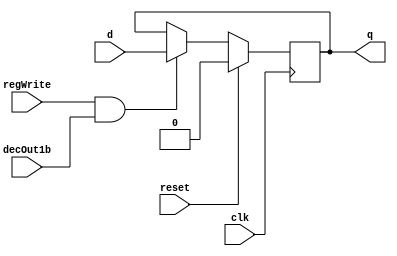
//DFF
module D_ff( input clk, input reset, input regWrite, input decOut1b , input d, output reg q);
    always @ (negedge clk)
    begin
    if(reset==1)
        q=0;
    else
        if(regWrite == 1 && decOut1b==1)
        begin
            q=d;
        end
    end
endmodule

module D_ff_IM(input clk, input reset, input d, output reg q);
	always@(reset or posedge clk)
	if(reset)
		q=d;
endmodule

module register_IM(input clk, input reset, input [7:0] d_in, output [7:0] q_out);
    // register_IM is an 8-bit register
	D_ff_IM dIM0 (clk, reset, d_in[0], q_out[0]);
	D_ff_IM dIM1 (clk, reset, d_in[1], q_out[1]);
	D_ff_IM dIM2 (clk, reset, d_in[2], q_out[2]);
	D_ff_IM dIM3 (clk, reset, d_in[3], q_out[3]);
	D_ff_IM dIM4 (clk, reset, d_in[4], q_out[4]);
	D_ff_IM dIM5 (clk, reset, d_in[5], q_out[5]);
	D_ff_IM dIM6 (clk, reset, d_in[6], q_out[6]);
	D_ff_IM dIM7 (clk, reset, d_in[7], q_out[7]);
endmodule


module mux128to1_IM(input [7:0] in0,   input [7:0] in1,   input [7:0] in2,   input [7:0] in3,
                    input [7:0] in4,   input [7:0] in5,   input [7:0] in6,   input [7:0] in7,
                    input [7:0] in8,   input [7:0] in9,   input [7:0] in10,  input [7:0] in11,
                    input [7:0] in12,  input [7:0] in13,  input [7:0] in14,  input [7:0] in15,
                    input [7:0] in16,  input [7:0] in17,  input [7:0] in18,  input [7:0] in19,
                    input [7:0] in20,  input [7:0] in21,  input [7:0] in22,  input [7:0] in23,
                    input [7:0] in24,  input [7:0] in25,  input [7:0] in26,  input [7:0] in27,
                    input [7:0] in28,  input [7:0] in29,  input [7:0] in30,  input [7:0] in31,
                    input [7:0] in32,  input [7:0] in33,  input [7:0] in34,  input [7:0] in35,
                    input [7:0] in36,  input [7:0] in37,  input [7:0] in38,  input [7:0] in39,
                    input [7:0] in40,  input [7:0] in41,  input [7:0] in42,  input [7:0] in43,
                    input [7:0] in44,  input [7:0] in45,  input [7:0] in46,  input [7:0] in47,
                    input [7:0] in48,  input [7:0] in49,  input [7:0] in50,  input [7:0] in51,
                    input [7:0] in52,  input [7:0] in53,  input [7:0] in54,  input [7:0] in55,
                    input [7:0] in56,  input [7:0] in57,  input [7:0] in58,  input [7:0] in59,
                    input [7:0] in60,  input [7:0] in61,  input [7:0] in62,  input [7:0] in63,
                    input [7:0] in64,  input [7:0] in65,  input [7:0] in66,  input [7:0] in67,
                    input [7:0] in68,  input [7:0] in69,  input [7:0] in70,  input [7:0] in71,
                    input [7:0] in72,  input [7:0] in73,  input [7:0] in74,  input [7:0] in75,
                    input [7:0] in76,  input [7:0] in77,  input [7:0] in78,  input [7:0] in79,
                    input [7:0] in80,  input [7:0] in81,  input [7:0] in82,  input [7:0] in83,
                    input [7:0] in84,  input [7:0] in85,  input [7:0] in86,  input [7:0] in87,
                    input [7:0] in88,  input [7:0] in89,  input [7:0] in90,  input [7:0] in91,
                    input [7:0] in92,  input [7:0] in93,  input [7:0] in94,  input [7:0] in95,
                    input [7:0] in96,  input [7:0] in97,  input [7:0] in98,  input [7:0] in99,
                    input [7:0] in100, input [7:0] in101, input [7:0] in102, input [7:0] in103,
                    input [7:0] in104, input [7:0] in105, input [7:0] in106, input [7:0] in107,
                    input [7:0] in108, input [7:0] in109, input [7:0] in110, input [7:0] in111,
                    input [7:0] in112, input [7:0] in113, input [7:0] in114, input [7:0] in115,
                    input [7:0] in116, input [7:0] in117, input [7:0] in118, input [7:0] in119,
                    input [7:0] in120, input [7:0] in121, input [7:0] in122, input [7:0] in123,
                    input [7:0] in124, input [7:0] in125, input [7:0] in126, input [7:0] in127,
                    input [4:0] select, output reg [31:0] muxOut);
    always@(in0,   in1,   in2,   in3,   in4,   in5,   in6,   in7, 
            in8,   in9,   in10,  in11,  in12,  in13,  in14,  in15,   
            in16,  in17,  in18,  in19,  in20,  in21,  in22,  in23, 
            in24,  in25,  in26,  in27,  in28,  in29,  in30,  in31, 
            in32,  in33,  in34,  in35,  in36,  in37,  in38,  in39, 
            in40,  in41,  in42,  in43,  in44,  in45,  in46,  in47, 
            in48,  in49,  in50,  in51,  in52,  in53,  in54,  in55, 
            in56,  in57,  in58,  in59,  in60,  in61,  in62,  in63, 
            in64,  in65,  in66,  in67,  in68,  in69,  in70,  in71, 
            in72,  in73,  in74,  in75,  in76,  in77,  in78,  in79, 
            in80,  in81,  in82,  in83,  in84,  in85,  in86,  in87, 
            in88,  in89,  in90,  in91,  in92,  in93,  in94,  in95, 
            in96,  in97,  in98,  in99,  in100, in101, in102, in103,
            in104, in105, in106, in107, in108, in109, in110, in111,
            in112, in113, in114, in115, in116, in117, in118, in119,
            in120, in121, in122, in123, in124, in125, in126, in127,
            select)
	begin
        case(select)
			5'd0: muxOut = {in0,in1,in2,in3};
			5'd1: muxOut = {in4,in5,in6,in7};
			5'd2: muxOut = {in8,in9,in10,in11};
			5'd3: muxOut = {in12,in13,in14,in15};
			5'd4: muxOut = {in16,in17,in18,in19};
			5'd5: muxOut = {in20,in21,in22,in23};
			5'd6: muxOut = {in24,in25,in26,in27};
			5'd7: muxOut = {in28,in29,in30,in31};
			5'd8: muxOut = {in32,in33,in34,in35};
			5'd9: muxOut = {in36,in37,in38,in39};
			5'd10: muxOut = {in40,in41,in42,in43};
			5'd11: muxOut = {in44,in45,in46,in47};
			5'd12: muxOut = {in48,in49,in50,in51};
			5'd13: muxOut = {in52,in53,in54,in55};
			5'd14: muxOut = {in56,in57,in58,in59};
			5'd15: muxOut = {in60,in61,in62,in63};
			5'd16: muxOut = {in64,in65,in66,in67};
			5'd17: muxOut = {in68,in69,in70,in71};
			5'd18: muxOut = {in72,in73,in74,in75};
			5'd19: muxOut = {in76,in77,in78,in79};
			5'd20: muxOut = {in80,in81,in82,in83};
			5'd21: muxOut = {in84,in85,in86,in87};
			5'd22: muxOut = {in88,in89,in90,in91};
			5'd23: muxOut = {in92,in93,in94,in95};
			5'd24: muxOut = {in96,in97,in98,in99};
			5'd25: muxOut = {in100,in101,in102,in103};
			5'd26: muxOut = {in104,in105,in106,in107};
			5'd27: muxOut = {in108,in109,in110,in111};
			5'd28: muxOut = {in112,in113,in114,in115};
			5'd29: muxOut = {in116,in117,in118,in119};
			5'd30: muxOut = {in120,in121,in122,in123};
			5'd31: muxOut = {in124,in125,in126,in127};
        endcase
    end
endmodule

module IM(input clk, input reset, input [4:0] pc_5bits, output [31:0] IR);
    wire [7:0] outR0,   outR1,   outR2,   outR3,   outR4,   outR5,   outR6,   outR7,   
               outR8,   outR9,   outR10,  outR11,  outR12,  outR13,  outR14,  outR15,   
               outR16,  outR17,  outR18,  outR19,  outR20,  outR21,  outR22,  outR23, 
               outR24,  outR25,  outR26,  outR27,  outR28,  outR29,  outR30,  outR31, 
               outR32,  outR33,  outR34,  outR35,  outR36,  outR37,  outR38,  outR39, 
               outR40,  outR41,  outR42,  outR43,  outR44,  outR45,  outR46,  outR47, 
               outR48,  outR49,  outR50,  outR51,  outR52,  outR53,  outR54,  outR55, 
               outR56,  outR57,  outR58,  outR59,  outR60,  outR61,  outR62,  outR63, 
               outR64,  outR65,  outR66,  outR67,  outR68,  outR69,  outR70,  outR71, 
               outR72,  outR73,  outR74,  outR75,  outR76,  outR77,  outR78,  outR79, 
               outR80,  outR81,  outR82,  outR83,  outR84,  outR85,  outR86,  outR87, 
               outR88,  outR89,  outR90,  outR91,  outR92,  outR93,  outR94,  outR95, 
               outR96,  outR97,  outR98,  outR99,  outR100, outR101, outR102, outR103,
               outR104, outR105, outR106, outR107, outR108, outR109, outR110, outR111,
               outR112, outR113, outR114, outR115, outR116, outR117, outR118, outR119,
               outR120, outR121, outR122, outR123, outR124, outR125, outR126, outR127;

// ONLY modify the first 16 register_IM instances to have the instructions listed in the PDF, in that order
// The d_in of the register_IM instances should contain the instruction as per the instruction format provided
// Hint: MIPS uses Big-Endian addressing so please note the order of registers specified in mux128to1_IM
    register_IM rIM0   (clk, reset, 8'h02, outR0);  // sub $s2, $s1, $s0
    register_IM rIM1   (clk, reset, 8'h30, outR1);   
    register_IM rIM2   (clk, reset, 8'h90, outR2);   
    register_IM rIM3   (clk, reset, 8'h22, outR3);   
    register_IM rIM4   (clk, reset, 8'h01, outR4);  // add $t3, $t2, $t0
    register_IM rIM5   (clk, reset, 8'h48, outR5);  
    register_IM rIM6   (clk, reset, 8'h58, outR6);  
    register_IM rIM7   (clk, reset, 8'h20, outR7);   
    register_IM rIM8   (clk, reset, 8'h01, outR8);  // or  $s1, $t1, $t4
    register_IM rIM9   (clk, reset, 8'h2C, outR9);   
    register_IM rIM10  (clk, reset, 8'h88, outR10);   
    register_IM rIM11  (clk, reset, 8'h25, outR11);   
    register_IM rIM12  (clk, reset, 8'h22, outR12); // addi $t4, $s0, 0x000D
    register_IM rIM13  (clk, reset, 8'h0C, outR13);  
    register_IM rIM14  (clk, reset, 8'h00, outR14);  
    register_IM rIM15  (clk, reset, 8'h0D, outR15); 
    register_IM rIM16  (clk, reset, 8'h00, outR16); 
    register_IM rIM17  (clk, reset, 8'h00, outR17);  
    register_IM rIM18  (clk, reset, 8'h00, outR18);  
    register_IM rIM19  (clk, reset, 8'h00, outR19); 
    register_IM rIM20  (clk, reset, 8'h00, outR20);  
    register_IM rIM21  (clk, reset, 8'h00, outR21);  
    register_IM rIM22  (clk, reset, 8'h00, outR22);  
    register_IM rIM23  (clk, reset, 8'h00, outR23); 
    register_IM rIM24  (clk, reset, 8'h00, outR24); 
    register_IM rIM25  (clk, reset, 8'h00, outR25);  
    register_IM rIM26  (clk, reset, 8'h00, outR26);  
    register_IM rIM27  (clk, reset, 8'h00, outR27); 
    register_IM rIM28  (clk, reset, 8'h00, outR28);
    register_IM rIM29  (clk, reset, 8'h00, outR29);   
    register_IM rIM30  (clk, reset, 8'h00, outR30);   
    register_IM rIM31  (clk, reset, 8'h00, outR31);  
    register_IM rIM32  (clk, reset, 8'h00, outR32);   
    register_IM rIM33  (clk, reset, 8'h00, outR33);   
    register_IM rIM34  (clk, reset, 8'h00, outR34);   
    register_IM rIM35  (clk, reset, 8'h00, outR35);  
    register_IM rIM36  (clk, reset, 8'h00, outR36);   
    register_IM rIM37  (clk, reset, 8'h00, outR37);   
    register_IM rIM38  (clk, reset, 8'h00, outR38);   
    register_IM rIM39  (clk, reset, 8'h00, outR39);  
    register_IM rIM40  (clk, reset, 8'h00, outR40);   
    register_IM rIM41  (clk, reset, 8'h00, outR41);  
    register_IM rIM42  (clk, reset, 8'h00, outR42);  
    register_IM rIM43  (clk, reset, 8'h00, outR43); 
    register_IM rIM44  (clk, reset, 8'h00, outR44);                        
    register_IM rIM45  (clk, reset, 8'h00, outR45);             
    register_IM rIM46  (clk, reset, 8'h00, outR46);             
    register_IM rIM47  (clk, reset, 8'h00, outR47); 
    register_IM rIM48  (clk, reset, 8'h00, outR48);   
    register_IM rIM49  (clk, reset, 8'h00, outR49);  
    register_IM rIM50  (clk, reset, 8'h00, outR50);  
    register_IM rIM51  (clk, reset, 8'h00, outR51); 
    register_IM rIM52  (clk, reset, 8'h00, outR52);  
    register_IM rIM53  (clk, reset, 8'h00, outR53);  
    register_IM rIM54  (clk, reset, 8'h00, outR54);  
    register_IM rIM55  (clk, reset, 8'h00, outR55);  
    register_IM rIM56  (clk, reset, 8'h00, outR56);                     
    register_IM rIM57  (clk, reset, 8'h00, outR57);             
    register_IM rIM58  (clk, reset, 8'h00, outR58);             
    register_IM rIM59  (clk, reset, 8'h00, outR59);  
    register_IM rIM60  (clk, reset, 8'h00, outR60); 
    register_IM rIM61  (clk, reset, 8'h00, outR61); 
    register_IM rIM62  (clk, reset, 8'h00, outR62); 
    register_IM rIM63  (clk, reset, 8'h00, outR63); 
    register_IM rIM64  (clk, reset, 8'h00, outR64);
    register_IM rIM65  (clk, reset, 8'h00, outR65);
    register_IM rIM66  (clk, reset, 8'h00, outR66);
    register_IM rIM67  (clk, reset, 8'h00, outR67);
    register_IM rIM68  (clk, reset, 8'h00, outR68);
    register_IM rIM69  (clk, reset, 8'h00, outR69);
    register_IM rIM70  (clk, reset, 8'h00, outR70);
    register_IM rIM71  (clk, reset, 8'h00, outR71);
    register_IM rIM72  (clk, reset, 8'h00, outR72);
    register_IM rIM73  (clk, reset, 8'h00, outR73);
    register_IM rIM74  (clk, reset, 8'h00, outR74);
    register_IM rIM75  (clk, reset, 8'h00, outR75);
    register_IM rIM76  (clk, reset, 8'h00, outR76);
    register_IM rIM77  (clk, reset, 8'h00, outR77);
    register_IM rIM78  (clk, reset, 8'h00, outR78);
    register_IM rIM79  (clk, reset, 8'h00, outR79);
    register_IM rIM80  (clk, reset, 8'h00, outR80);
    register_IM rIM81  (clk, reset, 8'h00, outR81);
    register_IM rIM82  (clk, reset, 8'h00, outR82);
    register_IM rIM83  (clk, reset, 8'h00, outR83);
    register_IM rIM84  (clk, reset, 8'h00, outR84);
    register_IM rIM85  (clk, reset, 8'h00, outR85);
    register_IM rIM86  (clk, reset, 8'h00, outR86);
    register_IM rIM87  (clk, reset, 8'h00, outR87);
    register_IM rIM88  (clk, reset, 8'h00, outR88);
    register_IM rIM89  (clk, reset, 8'h00, outR89);
    register_IM rIM90  (clk, reset, 8'h00, outR90);
    register_IM rIM91  (clk, reset, 8'h00, outR91);
    register_IM rIM92  (clk, reset, 8'h00, outR92);
    register_IM rIM93  (clk, reset, 8'h00, outR93);
    register_IM rIM94  (clk, reset, 8'h00, outR94);
    register_IM rIM95  (clk, reset, 8'h00, outR95);
    register_IM rIM96  (clk, reset, 8'h00, outR96);
    register_IM rIM97  (clk, reset, 8'h00, outR97);
    register_IM rIM98  (clk, reset, 8'h00, outR98);
    register_IM rIM99  (clk, reset, 8'h00, outR99);
    register_IM rIM100 (clk, reset, 8'h00, outR100);
    register_IM rIM101 (clk, reset, 8'h00, outR101);
    register_IM rIM102 (clk, reset, 8'h00, outR102);
    register_IM rIM103 (clk, reset, 8'h00, outR103);
    register_IM rIM104 (clk, reset, 8'h00, outR104);
    register_IM rIM105 (clk, reset, 8'h00, outR105);
    register_IM rIM106 (clk, reset, 8'h00, outR106);
    register_IM rIM107 (clk, reset, 8'h00, outR107);
    register_IM rIM108 (clk, reset, 8'h00, outR108);
    register_IM rIM109 (clk, reset, 8'h00, outR109);
    register_IM rIM110 (clk, reset, 8'h00, outR110);
    register_IM rIM111 (clk, reset, 8'h00, outR111);
    register_IM rIM112 (clk, reset, 8'h00, outR112);
    register_IM rIM113 (clk, reset, 8'h00, outR113);
    register_IM rIM114 (clk, reset, 8'h00, outR114);
    register_IM rIM115 (clk, reset, 8'h00, outR115);
    register_IM rIM116 (clk, reset, 8'h00, outR116);
    register_IM rIM117 (clk, reset, 8'h00, outR117);
    register_IM rIM118 (clk, reset, 8'h00, outR118);
    register_IM rIM119 (clk, reset, 8'h00, outR119);
    register_IM rIM120 (clk, reset, 8'h00, outR120);
    register_IM rIM121 (clk, reset, 8'h00, outR121);
    register_IM rIM122 (clk, reset, 8'h00, outR122);
    register_IM rIM123 (clk, reset, 8'h00, outR123);
    register_IM rIM124 (clk, reset, 8'h00, outR124);
    register_IM rIM125 (clk, reset, 8'h00, outR125);
    register_IM rIM126 (clk, reset, 8'h00, outR126);
    register_IM rIM127 (clk, reset, 8'h00, outR127);


    mux128to1_IM muxIM (outR0,   outR1,   outR2,   outR3,   outR4,   outR5,   outR6,   outR7,   
                        outR8,   outR9,   outR10,  outR11,  outR12,  outR13,  outR14,  outR15,   
                        outR16,  outR17,  outR18,  outR19,  outR20,  outR21,  outR22,  outR23, 
                        outR24,  outR25,  outR26,  outR27,  outR28,  outR29,  outR30,  outR31, 
                        outR32,  outR33,  outR34,  outR35,  outR36,  outR37,  outR38,  outR39, 
                        outR40,  outR41,  outR42,  outR43,  outR44,  outR45,  outR46,  outR47, 
                        outR48,  outR49,  outR50,  outR51,  outR52,  outR53,  outR54,  outR55, 
                        outR56,  outR57,  outR58,  outR59,  outR60,  outR61,  outR62,  outR63, 
                        outR64,  outR65,  outR66,  outR67,  outR68,  outR69,  outR70,  outR71, 
                        outR72,  outR73,  outR74,  outR75,  outR76,  outR77,  outR78,  outR79, 
                        outR80,  outR81,  outR82,  outR83,  outR84,  outR85,  outR86,  outR87, 
                        outR88,  outR89,  outR90,  outR91,  outR92,  outR93,  outR94,  outR95, 
                        outR96,  outR97,  outR98,  outR99,  outR100, outR101, outR102, outR103,
                        outR104, outR105, outR106, outR107, outR108, outR109, outR110, outR111,
                        outR112, outR113, outR114, outR115, outR116, outR117, outR118, outR119,
                        outR120, outR121, outR122, outR123, outR124, outR125, outR126, outR127,
                        pc_5bits, IR);
endmodule


module register32bit(input clk, input reset, input regWrite, input decoderOut1bit, input[31:0] writeData, output[31:0] regOut);
// Define register as you did in the previous lab. Use D_ff, not D_ff_IM
// Your code here

    D_ff dff0(clk, reset, regWrite, decoderOut1bit, writeData[0], regOut[0]);
    D_ff dff1(clk, reset, regWrite, decoderOut1bit, writeData[1], regOut[1]);
    D_ff dff2(clk, reset, regWrite, decoderOut1bit, writeData[2], regOut[2]);
    D_ff dff3(clk, reset, regWrite, decoderOut1bit, writeData[3], regOut[3]);
    D_ff dff4(clk, reset, regWrite, decoderOut1bit, writeData[4], regOut[4]);
    D_ff dff5(clk, reset, regWrite, decoderOut1bit, writeData[5], regOut[5]);
    D_ff dff6(clk, reset, regWrite, decoderOut1bit, writeData[6], regOut[6]);
    D_ff dff7(clk, reset, regWrite, decoderOut1bit, writeData[7], regOut[7]);
    D_ff dff8(clk, reset, regWrite, decoderOut1bit, writeData[8], regOut[8]);
    D_ff dff9(clk, reset, regWrite, decoderOut1bit, writeData[9], regOut[9]);
    D_ff dff10(clk, reset, regWrite, decoderOut1bit, writeData[10], regOut[10]);
    D_ff dff11(clk, reset, regWrite, decoderOut1bit, writeData[11], regOut[11]);
    D_ff dff12(clk, reset, regWrite, decoderOut1bit, writeData[12], regOut[12]);
    D_ff dff13(clk, reset, regWrite, decoderOut1bit, writeData[13], regOut[13]);
    D_ff dff14(clk, reset, regWrite, decoderOut1bit, writeData[14], regOut[14]);
    D_ff dff15(clk, reset, regWrite, decoderOut1bit, writeData[15], regOut[15]);
    D_ff dff16(clk, reset, regWrite, decoderOut1bit, writeData[16], regOut[16]);
    D_ff dff17(clk, reset, regWrite, decoderOut1bit, writeData[17], regOut[17]);
    D_ff dff18(clk, reset, regWrite, decoderOut1bit, writeData[18], regOut[18]);
    D_ff dff19(clk, reset, regWrite, decoderOut1bit, writeData[19], regOut[19]);
    D_ff dff20(clk, reset, regWrite, decoderOut1bit, writeData[20], regOut[20]);
    D_ff dff21(clk, reset, regWrite, decoderOut1bit, writeData[21], regOut[21]);
    D_ff dff22(clk, reset, regWrite, decoderOut1bit, writeData[22], regOut[22]);
    D_ff dff23(clk, reset, regWrite, decoderOut1bit, writeData[23], regOut[23]);
    D_ff dff24(clk, reset, regWrite, decoderOut1bit, writeData[24], regOut[24]);
    D_ff dff25(clk, reset, regWrite, decoderOut1bit, writeData[25], regOut[25]);
    D_ff dff26(clk, reset, regWrite, decoderOut1bit, writeData[26], regOut[26]);
    D_ff dff27(clk, reset, regWrite, decoderOut1bit, writeData[27], regOut[27]);
    D_ff dff28(clk, reset, regWrite, decoderOut1bit, writeData[28], regOut[28]);
    D_ff dff29(clk, reset, regWrite, decoderOut1bit, writeData[29], regOut[29]);
    D_ff dff30(clk, reset, regWrite, decoderOut1bit, writeData[30], regOut[30]);
    D_ff dff31(clk, reset, regWrite, decoderOut1bit, writeData[31], regOut[31]);

endmodule

module adder(input [31:0] in1, input [31:0] in2, output reg [31:0] adderOut);
// adder adds 2 32-bit numbers and outputs their sum
// Your code here

    always @ (in1 or in2) begin
        adderOut = in1 + in2;
    end

endmodule

module Reading_IM(input clk, input reset, output [5:0] opcode, output [5:0] funct);
// PC is merely an instance of register32bit. regWrite and decoderOutput1bit input signals should be set
// Your code here

    wire regWire, decoderOut1bit;
    wire[31:0] inPC, outPC, IR;

    register32bit PC(clk, reset, 1'b1, 1'b1, inPC, outPC);
    adder ad1(32'd4, outPC, inPC);
    IM IM1(clk, reset, outPC[6:2], IR);
    
    assign opcode = IR[31:26];
    assign funct = IR[5:0];

endmodule	

module Reading_IMTestBench;
	reg clk;
	reg reset;
	wire [5:0] opcode, funct;
	Reading_IM uut (.clk(clk), .reset(reset), .opcode(opcode), .funct(funct));

	always
	#5 clk=~clk;
	
	initial
	begin
    $dumpfile("YourID_Lab3.vcd");
		$dumpvars(0, Reading_IMTestBench);
		clk=0; reset=1;
		#5  reset=0;	
		#50 $finish; 
	end
endmodule